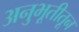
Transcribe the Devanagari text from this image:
अनुभूतीतून